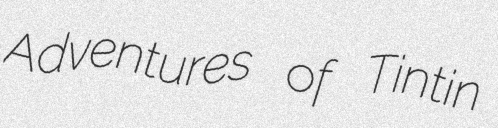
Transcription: Adventures of Tintin